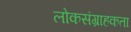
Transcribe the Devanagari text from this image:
लोकसंग्राहकता